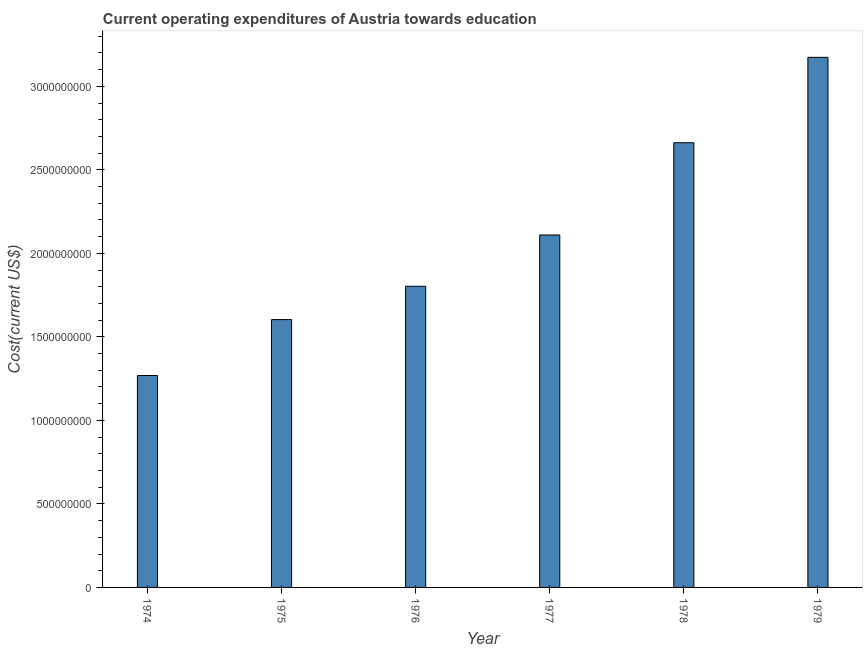
| Year | Education expenditure |
 | --- | --- |
 | 1974 | 1.27e+09 |
 | 1975 | 1.6e+09 |
 | 1976 | 1.8e+09 |
 | 1977 | 2.11e+09 |
 | 1978 | 2.66e+09 |
 | 1979 | 3.17e+09 |